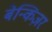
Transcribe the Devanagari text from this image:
बेन्किज़र